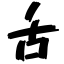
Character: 舌